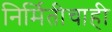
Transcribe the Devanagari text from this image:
निर्मितीचाही